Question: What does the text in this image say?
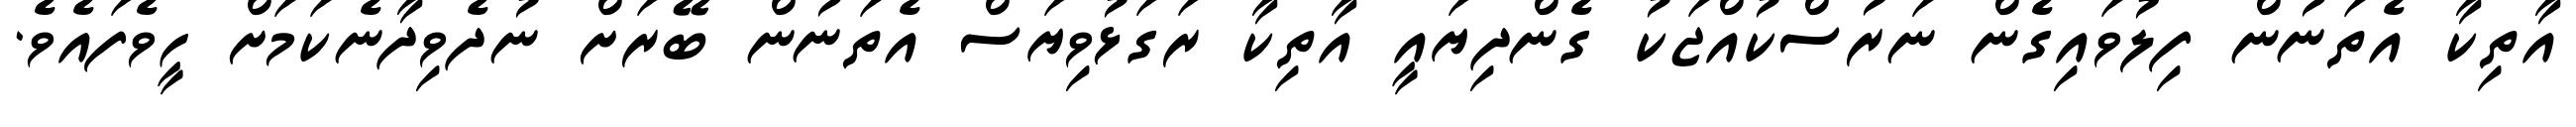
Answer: އާތިކާ އެތަނުން ފިލުވައިގެން ނަރުސްކުއްޖަކު ގެންދިޔައީ އާތިކާ ރަގަޅުވިޔަސް އެތަނުން ބޭރަށް ނުދެވިދާނެކަމަށް ހީވެފައެވެ.